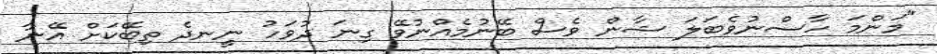
"މަންމަ ހާސްނުވެބަލަ ޝާން ވެސް ބޭނުމެއްނުވޭ ގިނަ ދުވަހު ނީނދެ ތިބޭކަށް އޭނާ